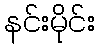
နင်းမိုင်း